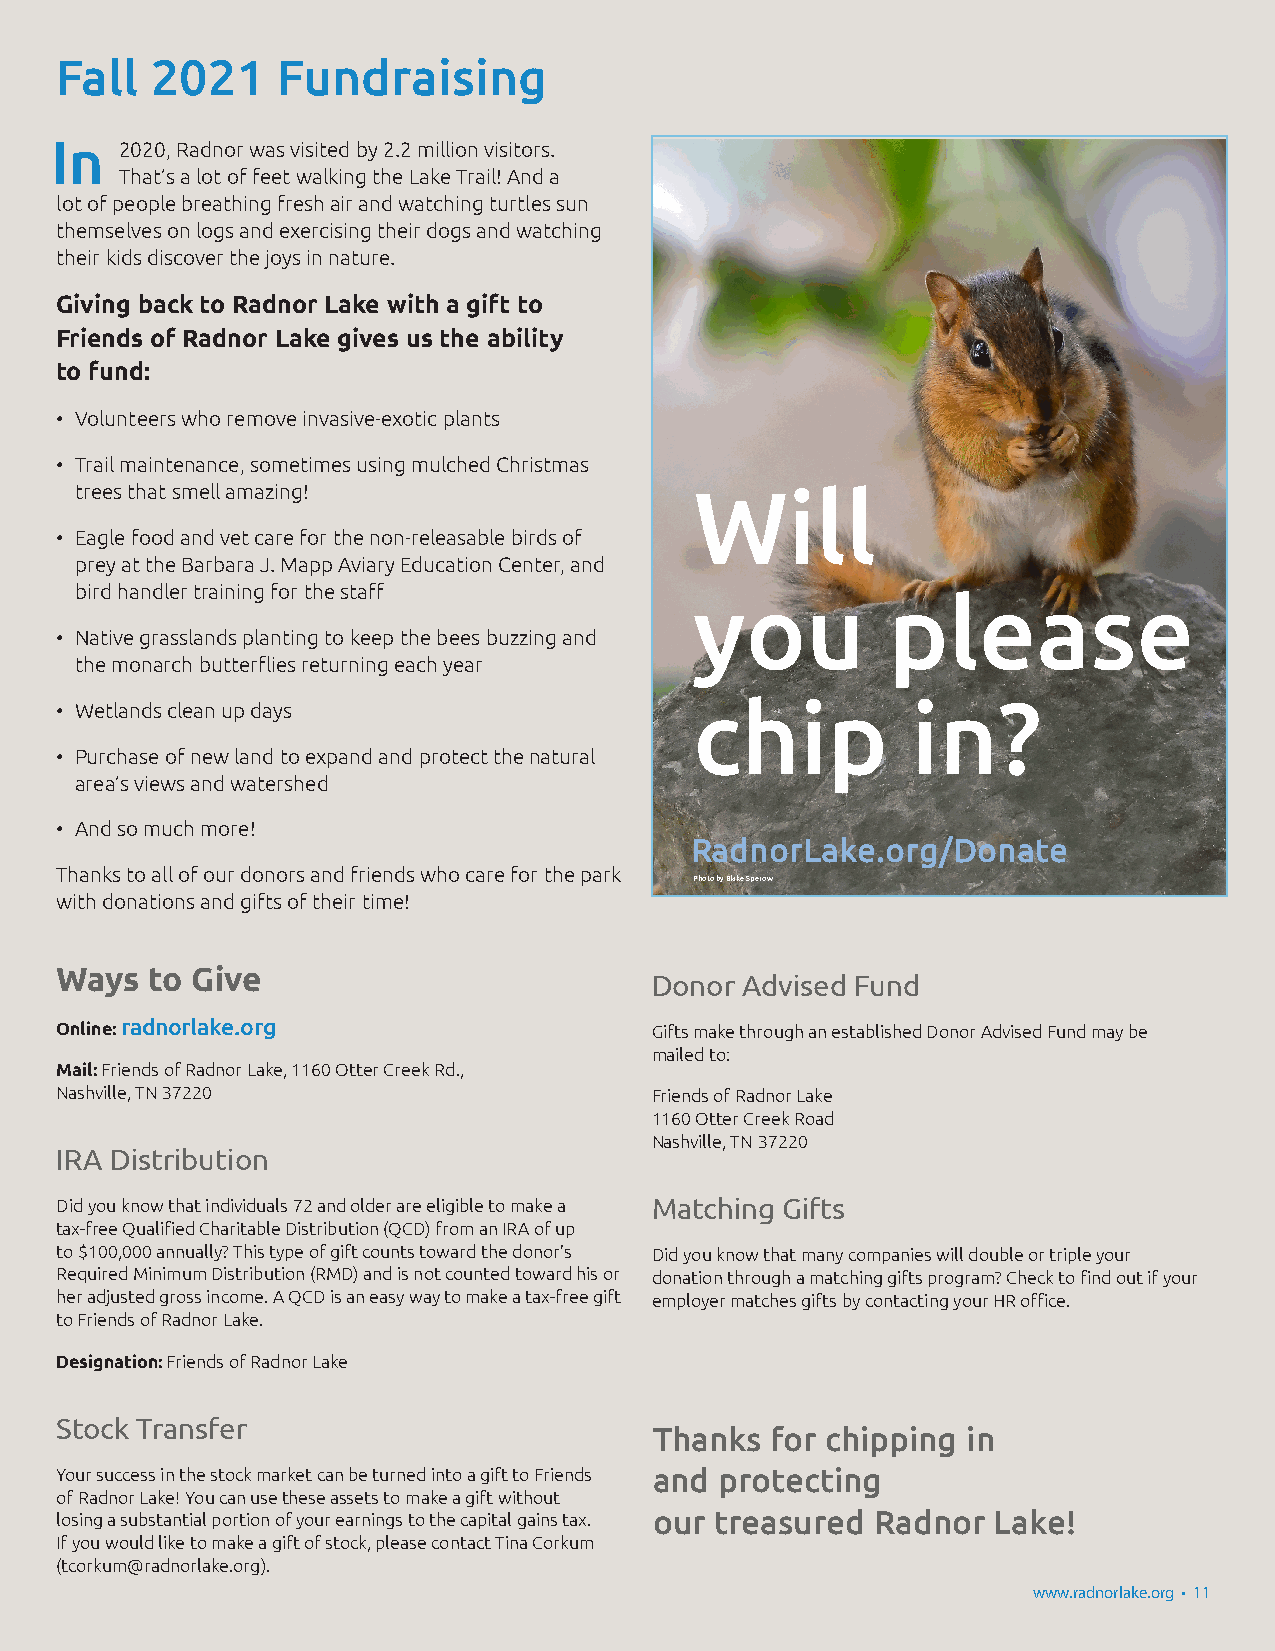
Fall  2021    Fundraising
 In   2020, Radnor was visited by 2.2 million visitors.
 That’s a lot of feet walking the Lake Trail! And a
 lot of people breathing fresh air and watching turtles sun
 themselves on logs and exercising their dogs and watching
 their kids discover the joys in nature.
 Giving back to Radnor Lake with a gift to
 Friends of Radnor Lake gives us the ability
 to fund:
 • Volunteers who remove invasive-exotic plants
 • Trail maintenance, sometimes using mulched Christmas
 trees that smell amazing!                Will
 • Eagle food and vet care for the non-releasable birds of
 prey at the Barbara J. Mapp Aviary Education Center, and
 bird handler training for the staff
 you          please
 • Native grasslands planting to keep the bees buzzing and
 the monarch butterflies returning each year                Friends of Radnor Lake is a 501c3 nonprofit organization.
 chip          in?
 • Wetlands clean up days
 • Purchase of new land to expand and protect the natural
 area’s views and watershed
 • And so much more!
 RadnorLake.org/Donate
 Thanks to all of our donors and friends who care for the park
 FriendPsh ooft oR abdyn Bolra kLea kSep eisr oaw 5.01c3 nonprofit organization.
 with donations and gifts of their time!
 Our Mission: To protect, preserve and promote the
 natural integrity of Radnor Lake through land acquisition,
 environmental education and park support.
 Ways  to Give
 Donor Advised Fund
 Online: radnorlake.org                 Gifts make through an established Donor Advised Fund may be
 mailed to:
 Mail: Friends of Radnor Lake, 1160 Otter Creek Rd.,
 Nashville, TN 37220                    Friends of Radnor Lake
 1160 Otter Creek Road
 Nashville, TN 37220
 IRA Distribution
 Did you know that individuals 72 and older are eligible to make a Matching Gifts
 tax-free Qualified Charitable Distribution (QCD) from an IRA of up
 to $100,000 annually? This type of gift counts toward the donor’s Did you know that many companies will double or triple your
 Required Minimum Distribution (RMD) and is not counted toward his or donation through a matching gifts program? Check to find out if your
 her adjusted gross income. A QCD is an easy way to make a tax-free gift employer matches gifts by contacting your HR office.
 to Friends of Radnor Lake.
 Designation: Friends of Radnor Lake
 Stock Transfer
 Thanks  for chipping in
 Your success in the stock market can be turned into a gift to Friends and protecting
 of Radnor Lake! You can use these assets to make a gift without
 losing a substantial portion of your earnings to the capital gains tax. our treasured Radnor Lake!
 If you would like to make a gift of stock, please contact Tina Corkum
 (tcorkum@radnorlake.org).
 www.radnorlake.org • 11
 www.radnorlake.org • 11